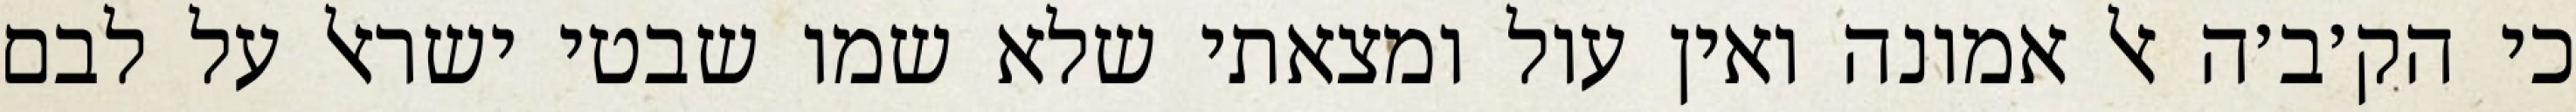
כי הק׳ב׳ה אל אמונה ואין עול ומצאתי שלא שמו שבטי ישראל על לבם